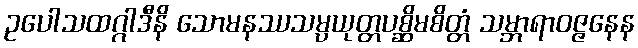
ဥပေါသထဂ္ဂါဒီနိ သောမနဿသမ္ပယုတ္တပစ္ဆိမစိတ္တံ သမ္ဘာရာဝဇ္ဇနေန